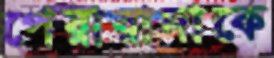
পেয়ারাদাকে